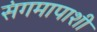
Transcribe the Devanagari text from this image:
संगमापाशी